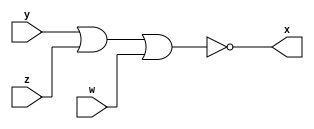
// ---------------------
// Guia 01_01 NOR
// Nome: Marley Ribeiro	
// ---------------------

// ---------------------
// -- nor gate
// ---------------------

 module norgate ( x, y , z , w );
  output x;
  input y , z, w;
  
  assign x =  ~(y | z | w) ;
	
 endmodule // NORgate	
	
// ---------------------
// -- test nor gate
// ---------------------
 

  module testenorgate;
   
   reg  f ,g ,k;
   wire h;
	
//instancia

  norgate nor1 ( h, f, g,k);
	
//parte principal

initial begin

$display(" Marley Ribeiro - 414510 ");
$display(" Test nor gate ");
$display(" \na | b | c =s\n");
f=0; g=0; k=0;

#1  $display("%b | %b | %b = %b", f, g, k , h);
      f=1; g=1 ; k=1;

#1  $display("%b | %b | %b = %b", f, g, k , h);
      f=1; g=1 ; k=0;

#1  $display("%b | %b | %b = %b", f, g, k , h);
      f=1; g=0 ; k=1;

#1  $display("%b | %b | %b = %b", f, g, k , h);
      f=1; g=0 ; k=0;

#1  $display("%b | %b | %b = %b", f, g, k , h);
      f=0; g=1 ; k=1;

#1  $display("%b | %b | %b = %b", f, g, k , h);
      f=0; g=1 ; k=0;

#1  $display("%b | %b | %b = %b", f, g, k , h);
      f=0; g=0 ; k=1;

#1  $display("%b | %b | %b = %b", f, g, k , h);
end    


endmodule // testnorgate